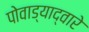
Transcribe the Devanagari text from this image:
पोवाड्याद्वारे